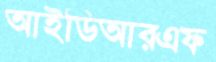
আইডিআরএফ